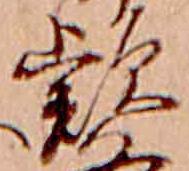
款